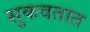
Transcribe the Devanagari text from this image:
सुकवतात